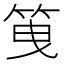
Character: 䇩